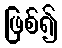
ဖြစ်၍